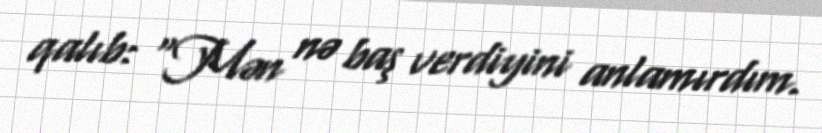
qalıb: "Mən nə baş verdiyini anlamırdım.